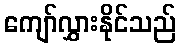
ကျော်လွှားနိုင်သည်